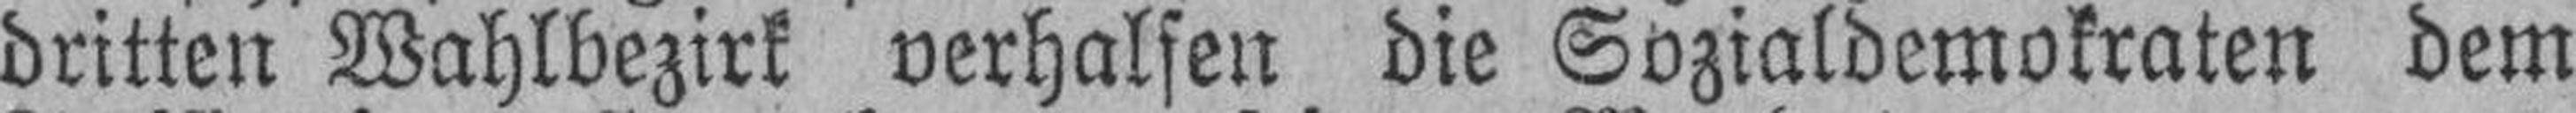
dritten Wahlbezirk verhalsen die Sozialdemokraten dem